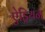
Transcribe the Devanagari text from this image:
ऐड्रियन